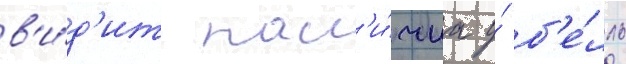
в'и́д'ит нал'и́чиа у́ б'е́лль